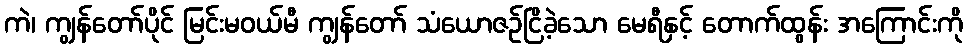
ကဲ၊ ကျွန်တော်ပိုင် မြင်းမဝယ်မီ ကျွန်တော် သံယောဇဉ်ငြိခဲ့သော မေရီနှင့် တောက်ထွန်း အကြောင်းကို